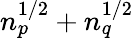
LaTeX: n_{p}^{1/2}+n_{q}^{1/2}